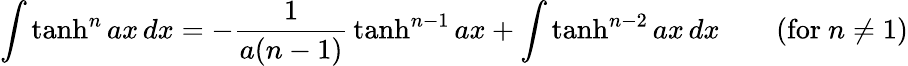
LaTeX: \int\operatorname{tanh}^{n}ax\, dx=-{\frac{1}{a(n-1)}}\operatorname{tanh}^{n-1}ax+\int\operatorname{tanh}^{n-2}ax\, dx\qquad{\mathrm{(for~}}n\neq 1{\mathrm{)}}